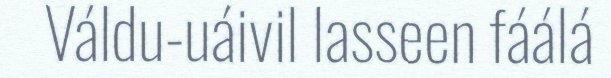
Váldu-uáivil lasseen fáálá